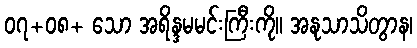
၀၇+၀၈+ သော အရိန္ဒမမင်းကြီးကို။ အနုသာသိတွာန၊